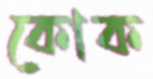
কোক